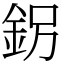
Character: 䤢